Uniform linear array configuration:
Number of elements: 48
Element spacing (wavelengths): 0.75
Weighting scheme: cosine
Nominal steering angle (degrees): -30
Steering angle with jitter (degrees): -31.846
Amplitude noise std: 0.05
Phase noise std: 0.05

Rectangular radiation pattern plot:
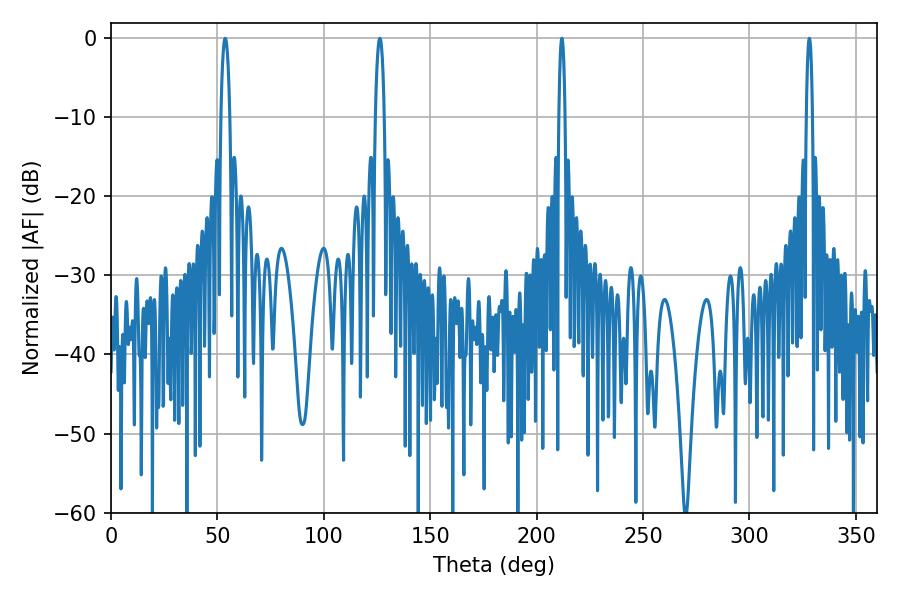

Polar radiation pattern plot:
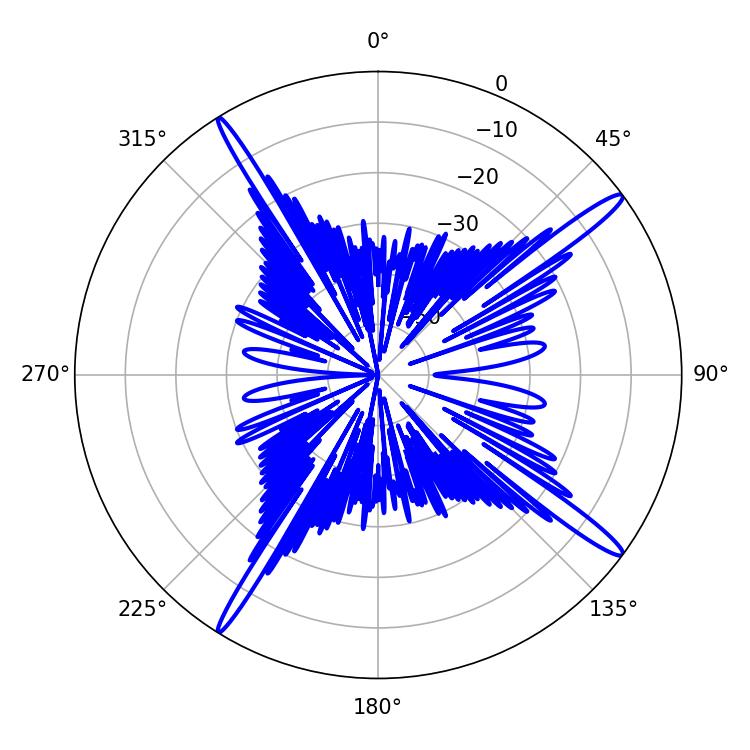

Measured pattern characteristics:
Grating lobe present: TRUE
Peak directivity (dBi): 16.841
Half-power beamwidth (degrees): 1.44
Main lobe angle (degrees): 211.86